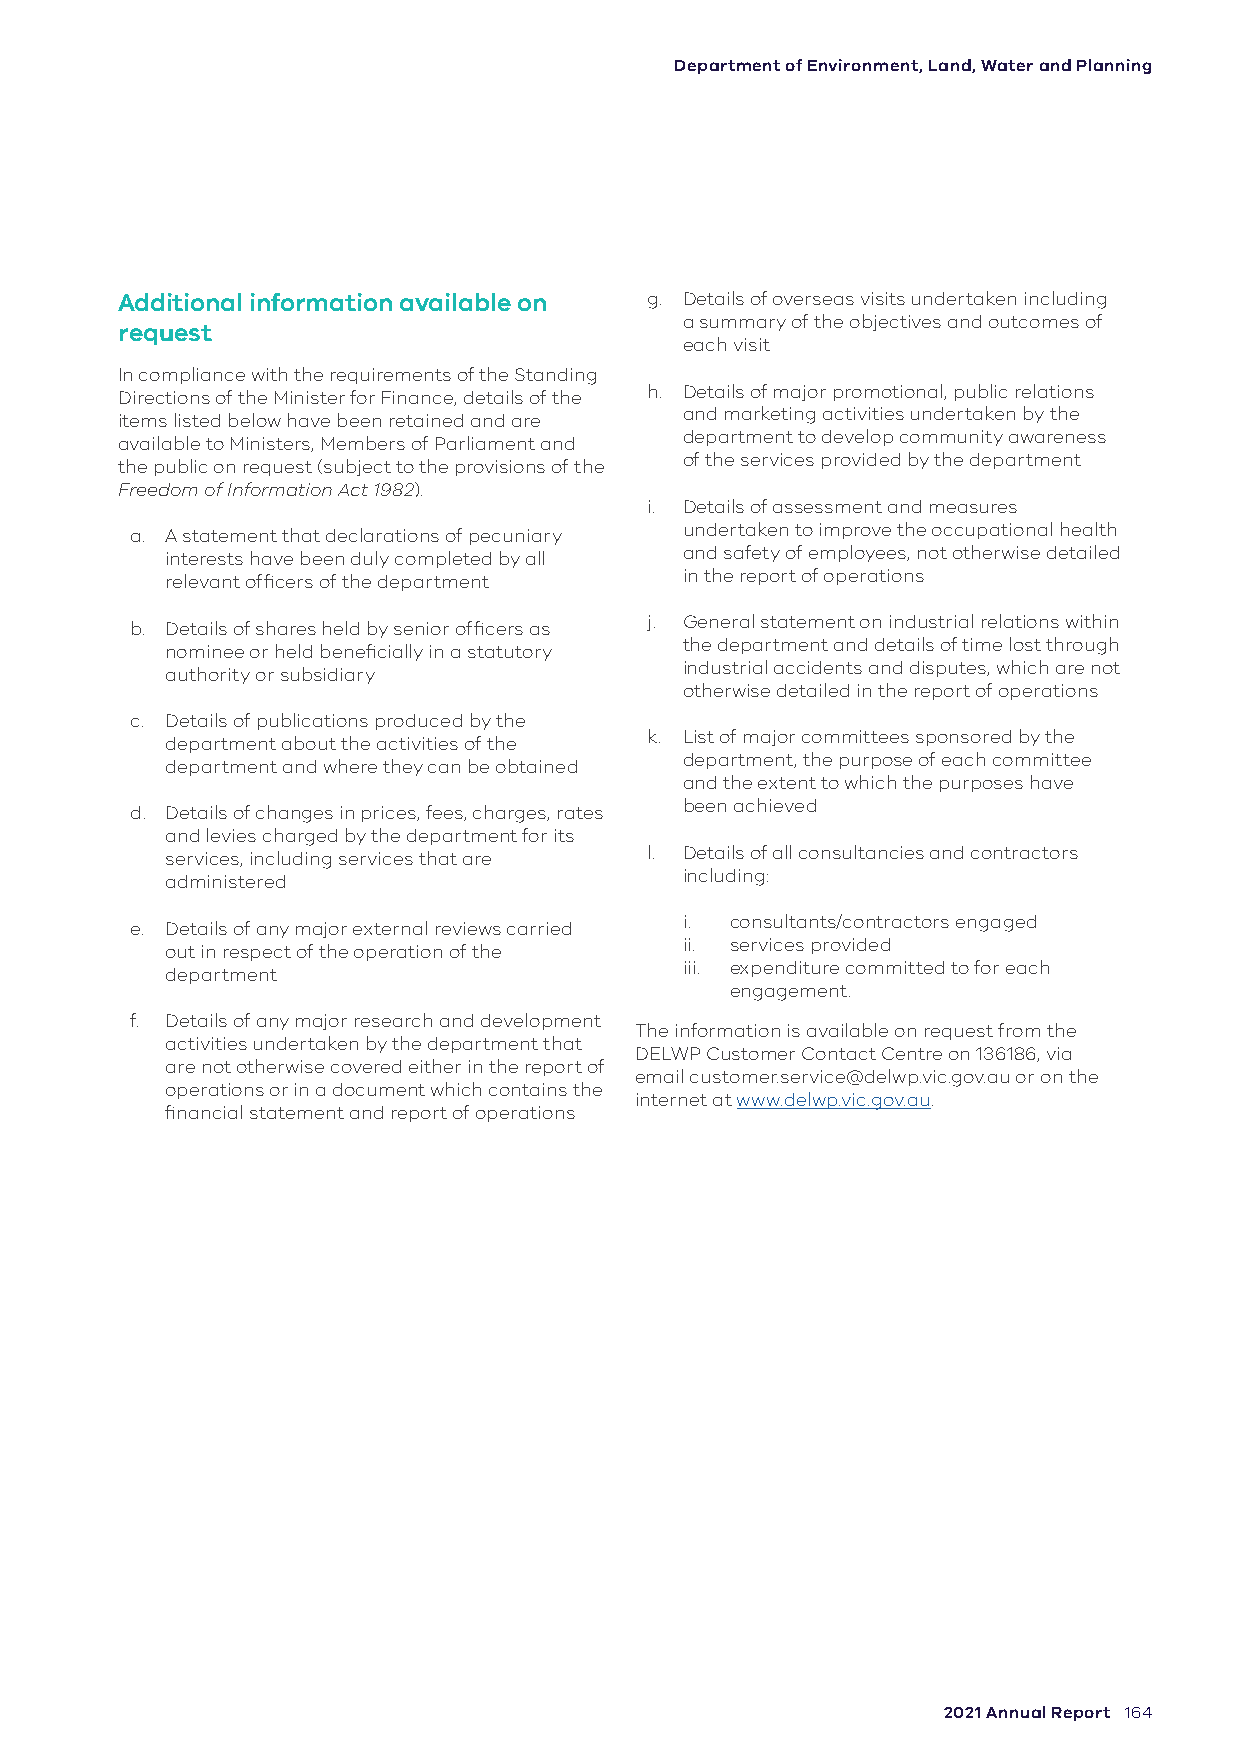
Department of Environment, Land, Water and Planning
 Additional information available on g. Details of overseas visits undertaken including
 a summary of the objectives and outcomes of
 request
 each visit
 In compliance with the requirements of the Standing
 h. Details of major promotional, public relations
 Directions of the Minister for Finance, details of the
 and marketing activities undertaken by the
 items listed below have been retained and are
 department to develop community awareness
 available to Ministers, Members of Parliament and
 of the services provided by the department
 the public on request (subject to the provisions of the
 Freedom of Information Act 1982).
 i. Details of assessment and measures
 undertaken to improve the occupational health
 a. A statement that declarations of pecuniary
 and safety of employees, not otherwise detailed
 interests have been duly completed by all
 in the report of operations
 relevant officers of the department
 j. General statement on industrial relations within
 b. Details of shares held by senior officers as
 the department and details of time lost through
 nominee or held beneficially in a statutory
 industrial accidents and disputes, which are not
 authority or subsidiary
 otherwise detailed in the report of operations
 c. Details of publications produced by the
 k. List of major committees sponsored by the
 department about the activities of the
 department, the purpose of each committee
 department and where they can be obtained
 and the extent to which the purposes have
 been achieved
 d. Details of changes in prices, fees, charges, rates
 and levies charged by the department for its
 l. Details of all consultancies and contractors
 services, including services that are
 including:
 administered
 i. consultants/contractors engaged
 e. Details of any major external reviews carried
 ii. services provided
 out in respect of the operation of the
 iii. expenditure committed to for each
 department
 engagement.
 f. Details of any major research and development
 The information is available on request from the
 activities undertaken by the department that
 DELWP Customer Contact Centre on 136186, via
 are not otherwise covered either in the report of
 email customer.service@delwp.vic.gov.au or on the
 operations or in a document which contains the
 internet at www.delwp.vic.gov.au.
 financial statement and report of operations
 2021 Annual Report 164